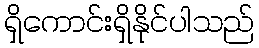
ရှိကောင်းရှိနိုင်ပါသည်